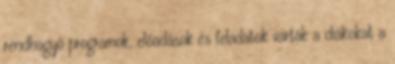
rendhagyó programok, előadások és feladatok várták a diákokat a